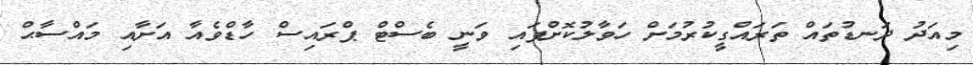
މިއަދު ދަނޑުތައް ތަރައްގީކުރުމަށް ހަވާލުކޮށްފައި ވަނީ ބެސްޓް ޕްރައިސް ހާޑްވެއާ އަށާއި މައްސާޙް